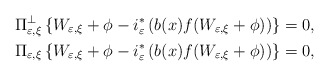
\begin{align*}\Pi_{\varepsilon,\xi}^{\bot}\left\{ W_{\varepsilon,\xi}+\phi-i_{\varepsilon}^{\ast}\left( b(x)f(W_{\varepsilon,\xi}+\phi)\right) \right\} &=0,\\\Pi_{\varepsilon,\xi}\left\{ W_{\varepsilon,\xi}+\phi-i_{\varepsilon}^{\ast}\left( b(x)f(W_{\varepsilon,\xi}+\phi)\right) \right\} & =0,\end{align*}